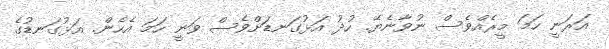
އަރަނީ ހަމަ މީރެއްވެސް ނުވާނެޔޭ. ހުދު އަޅުގަނޑަށްވެސް ވަނީ ހަމަ އެހެން. އަޅުގަނޑުގެ